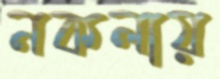
নকলায়